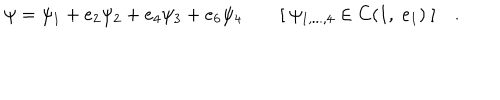
LaTeX: \psi = \psi _ { 1 } + e _ { 2 } \psi _ { 2 } + e _ { 4 } \psi _ { 3 } + e _ { 6 } \psi _ { 4 } \quad \quad [ ~ \psi _ { 1 , . . . , 4 } \in C ( 1 , \; e _ { 1 } ) ~ ] \quad .